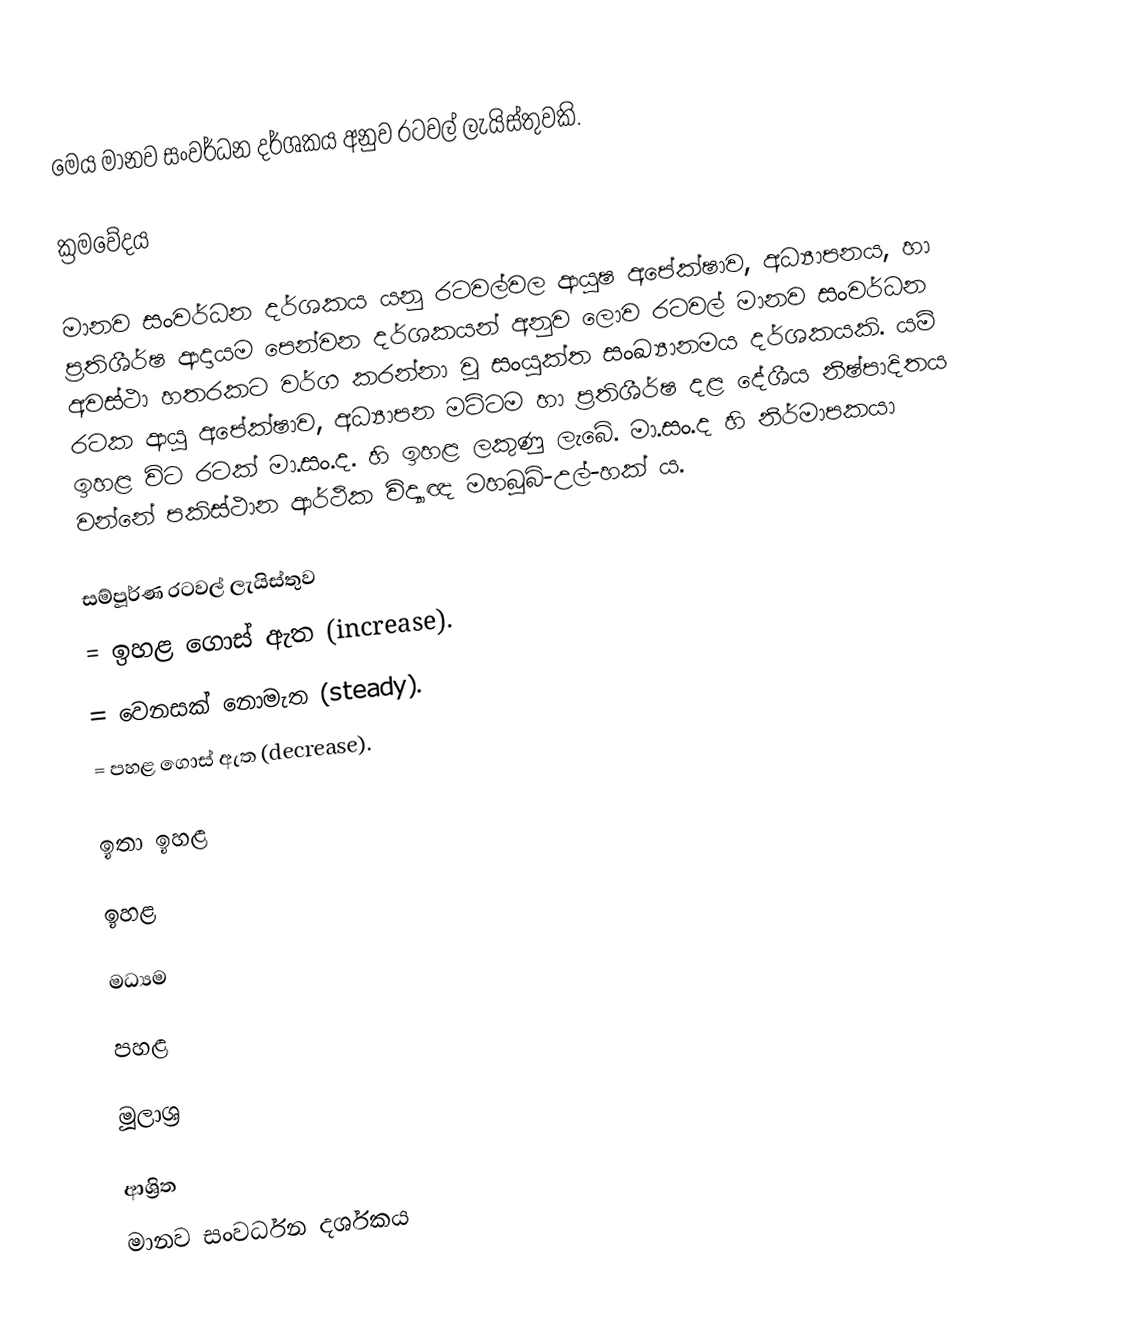
මෙය මානව සංවර්ධන දර්ශකය අනුව රටවල් ලැයිස්තුවකි.

ක්‍රමවේදය

මානව සංවර්ධන දර්ශකය යනු රටවල්වල ආයුෂ අපේක්ෂාව, අධ්‍යාපනය, හා ප්‍රතිශීර්ෂ ආදායම පෙන්වන දර්ශකයන් අනුව ලොව රටවල් මානව සංවර්ධන අවස්ථා හතරකට වර්ග කරන්නා වූ සංයුක්ත සංඛ්‍යානමය දර්ශකයකි. යම් රටක ආයු අපේක්ෂාව, අධ්‍යාපන මට්ටම හා ප්‍රතිශීර්ෂ දළ දේශීය නිෂ්පාදිතය ඉහළ විට රටක් මා.සං.ද. හි ඉහළ ලකුණු ලැබේ. මා.සං.ද හි නිර්මාපකයා වන්නේ පකිස්ථාන ආර්ථික විද්‍යාඥ මහබූබ්-උල්-හක් ය.

සම්පූර්ණ රටවල් ලැයිස්තුව
  = ඉහළ ගොස් ඇත (increase).
  =  වෙනසක් නොමැත (steady).
  = පහළ ගොස් ඇත (decrease).

ඉතා ඉහළ

ඉහළ

මධ්‍යම

පහළ

මූලාශ්‍ර

ආශ්‍රිත
 මානව සංවර්ධන දර්ශකය